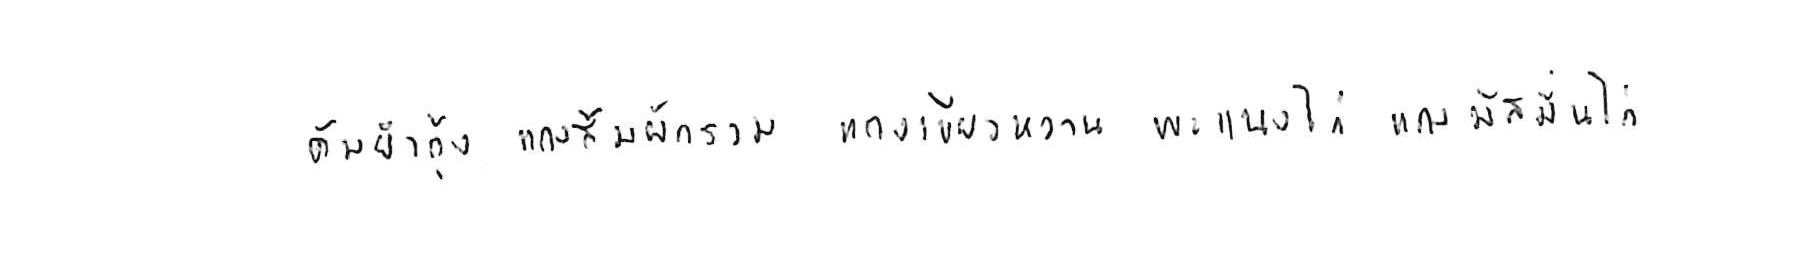
ต้มยำกุ้ง แกงส้มผักรวม แกงเขียวหวาน พะแนงไก่ แกงมัสมั่นไก่